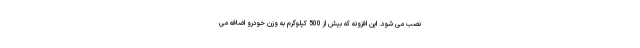
نصب می شود. این افزونه که بیش از 500 کیلوگرم به وزن خودرو اضافه می